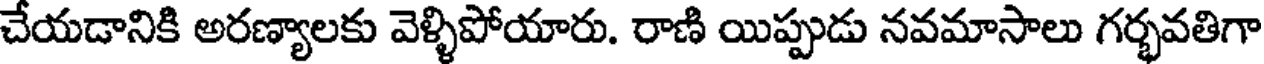
చేయడానికి అరణ్యాలకు వెళ్ళిపోయారు. రాణి యిప్పుడు నవమాసాలు గర్భవతిగా